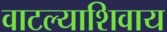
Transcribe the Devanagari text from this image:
वाटल्याशिवाय